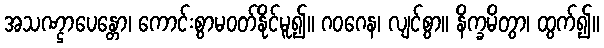
အသဏ္ဌာပေန္တော၊ ကောင်းစွာမဝတ်နိုင်မူ၍။ ဂဝဂေန၊ လျင်စွာ။ နိက္ခမိတွာ၊ ထွက်၍။